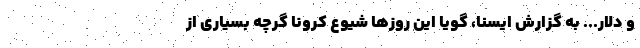
و دلار... به گزارش ایسنا، گویا این روزها شیوع کرونا گرچه بسیاری از